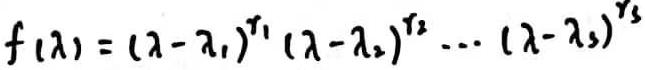
\[
f(\lambda)=(\lambda - \lambda_1)^{r_1}(\lambda - \lambda_2)^{r_2}\cdots(\lambda - \lambda_s)^{r_s}
\]